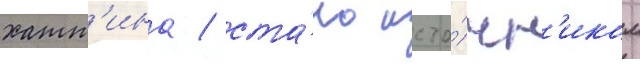
хатт'ина / ста́ло исто́чн'иком